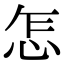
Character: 怎